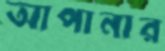
আপানার